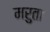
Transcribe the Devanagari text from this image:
मरुता